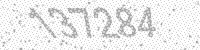
Solution: 137284